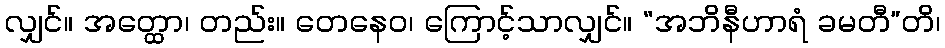
လျှင်။ အတ္ထော၊ တည်း။ တေနေဝ၊ ကြောင့်သာလျှင်။ “အဘိနီဟာရံ ခမတီ”တိ၊